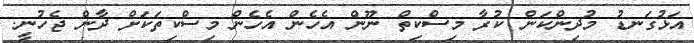
އަޅުގަނޑު މުދިންކަން ކުރާ މިސްކިތް ނޫން އެހެން އެހެން މިސްކިތަކަށް ދާން ޖެހުނީ.